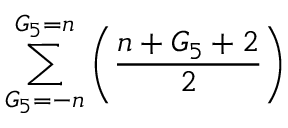
\sum _ { G _ { 5 } = - n } ^ { G _ { 5 } = n } \left( \frac { n + G _ { 5 } + 2 } { 2 } \right)